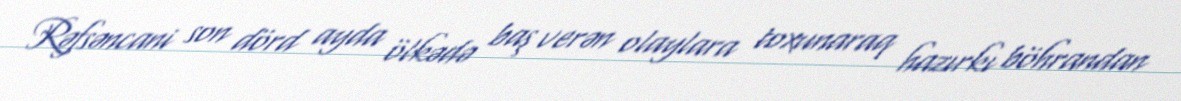
Rəfsəncani son dörd ayda ölkədə baş verən olaylara toxunaraq hazırkı böhrandan